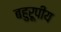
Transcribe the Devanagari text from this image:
बहुरूपीय